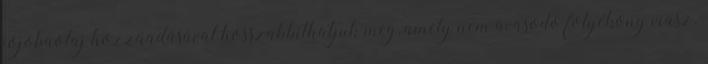
jojobaolaj hozzáadásával hosszabbíthatjuk meg, amely nem avasodó folyékony viasz.